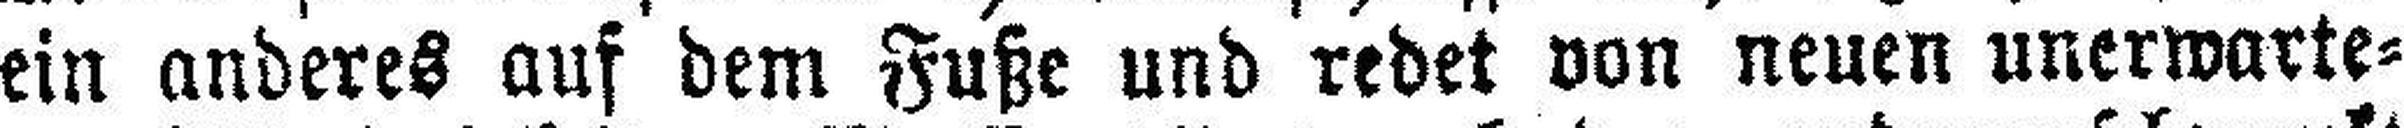
ein anderes auf dem Fuße und redet von neuen unerwarte¬